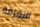
التفرقة